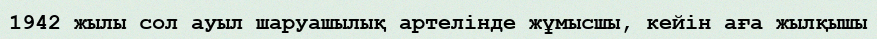
1942 жылы сол ауыл шаруашылық артелінде жұмысшы, кейін аға жылқышы